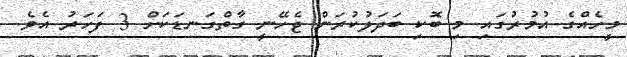
މީހެއްގެ އުމުރުގައި މި ބޮކި ބަދަލުކުރަން ޖެހޭނީ ގާތްގަނޑަކަށް 3 ފަހަރު އެވެ.